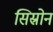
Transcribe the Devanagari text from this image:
सिस्रोन